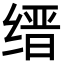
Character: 缙